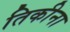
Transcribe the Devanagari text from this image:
तिकीना